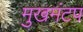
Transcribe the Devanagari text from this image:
मुखमंटप